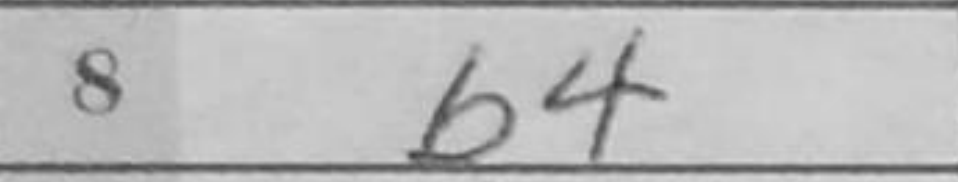
Transcription: b4